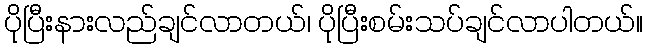
ပိုပြီးနားလည်ချင်လာတယ်၊ ပိုပြီးစမ်းသပ်ချင်လာပါတယ်။